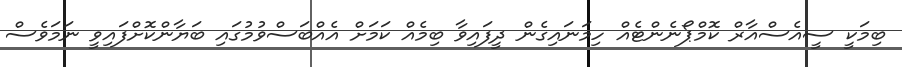
ބިމަކީ ސީއެސްއާރް ކޮމްޕޯނެންޓެއް ހިމަނައިގެން ދީފައިވާ ބިމެއް ކަމަށް އެއްބަސްވުމުގައި ބަޔާންކޮށްފައިވީ ނަމަވެސް